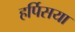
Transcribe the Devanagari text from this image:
हर्पिसया